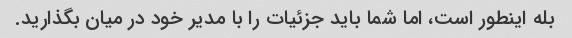
بله اینطور است، اما شما باید جزئیات را با مدیر خود در میان بگذارید.